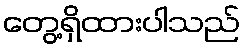
တွေ့ရှိထားပါသည်